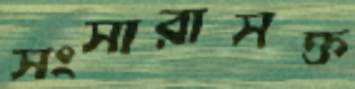
সংসারাসক্ত